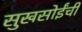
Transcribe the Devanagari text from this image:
सुखसोईंची